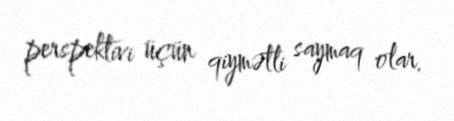
perspektivi üçün qiymətli saymaq olar.